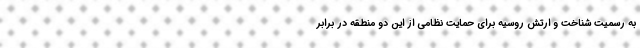
به رسمیت شناخت و ارتش روسیه برای حمایت نظامی از این دو منطقه در برابر